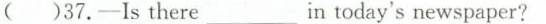
( )37.-Is there_in today's newspaper?